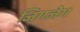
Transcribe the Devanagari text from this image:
जिगजेग